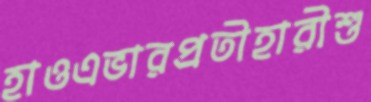
হাওএভারপ্রতীহারীশু